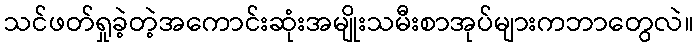
သင်ဖတ်ရှုခဲ့တဲ့အကောင်းဆုံးအမျိုးသမီးစာအုပ်များကဘာတွေလဲ။